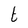
Character: t